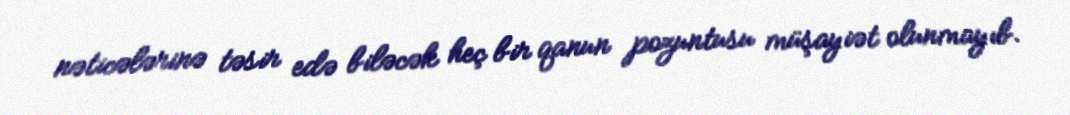
nəticələrinə təsir edə biləcək heç bir qanun pozuntusu müşayiət olunmayıb.